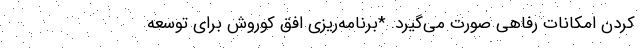
کردن امکانات رفاهی صورت می‌گیرد. *برنامه‌ریزی افق کوروش برای توسعه